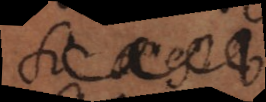
Si a est